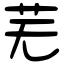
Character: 芜